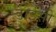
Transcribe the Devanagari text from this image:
डाईसी